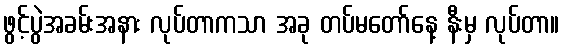
ဖွင့်ပွဲအခမ်းအနား လုပ်တာကသာ အခု တပ်မတော်နေ့ နီးမှ လုပ်တာ။